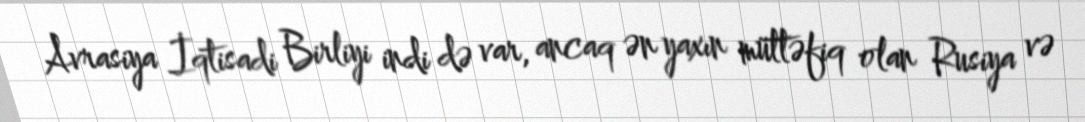
Avrasiya İqtisadi Birliyi indi də var, ancaq ən yaxın müttəfiq olan Rusiya və